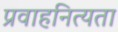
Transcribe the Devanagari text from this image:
प्रवाहनित्यता